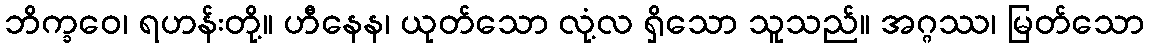
ဘိက္ခဝေ၊ ရဟန်းတို့။ ဟီနေန၊ ယုတ်သော လုံ့လ ရှိသော သူသည်။ အဂ္ဂဿ၊ မြတ်သော